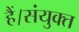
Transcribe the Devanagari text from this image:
हैं।संयुक्त